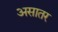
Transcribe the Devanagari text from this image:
असातर